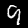
Label: 9